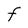
Character: F